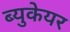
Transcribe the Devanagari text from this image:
ब्युकेयर